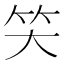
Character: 𰩬